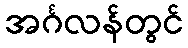
အင်္ဂလန်တွင်